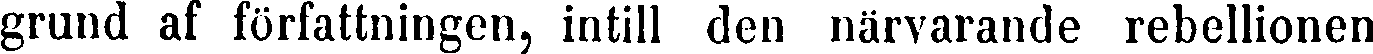
grund af författningen, intill den närvarande rebellionen